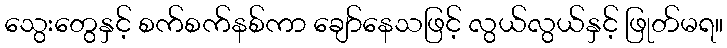
သွေးတွေနှင့် စက်စက်နစ်ကာ ချော်နေသဖြင့် လွယ်လွယ်နှင့် ဖြုတ်မရ။